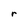
Character: r